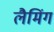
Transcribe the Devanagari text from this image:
लैमिंग